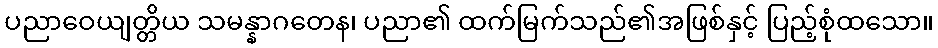
ပညာဝေယျတ္တိယ သမန္နာဂတေန၊ ပညာ၏ ထက်မြက်သည်၏အဖြစ်နှင့် ပြည့်စုံထသော။